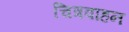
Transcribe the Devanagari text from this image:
चित्रवाहन